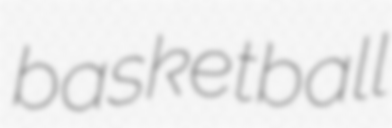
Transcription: basketball